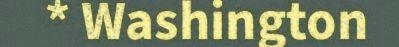
* Washington